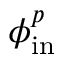
\phi _ { \mathrm { i n } } ^ { p }